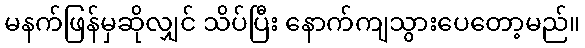
မနက်ဖြန်မှဆိုလျှင် သိပ်ပြီး နောက်ကျသွားပေတော့မည်။